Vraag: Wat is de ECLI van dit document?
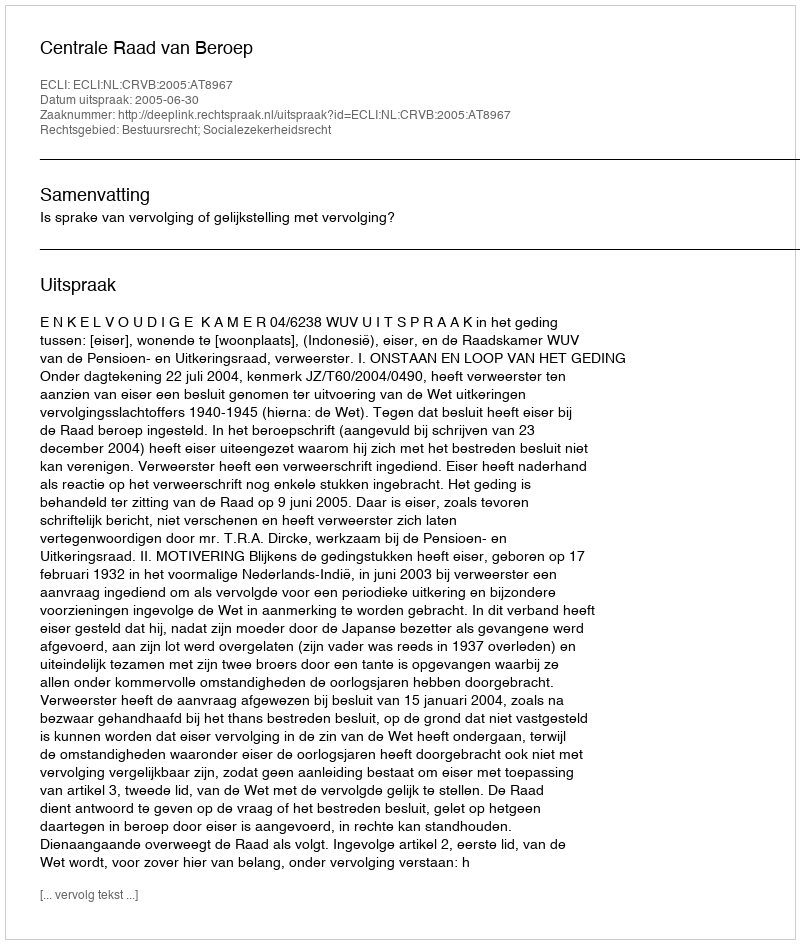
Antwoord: ECLI:NL:CRVB:2005:AT8967